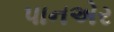
પાનએર